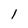
Character: 1